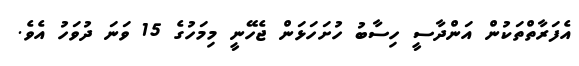
އެފަރާތްތަކުން އަންދާސީ ހިސާބު ހުށަހަޅަން ޖެހޭނީ މިމަހުގެ 15 ވަނަ ދުވަހު އެވެ.